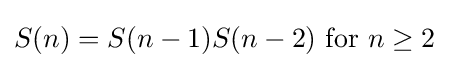
S(n)=S(n-1)S(n-2){\text{ for }}n\geq 2